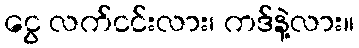
ငွေ လက်ငင်းလား၊ ကဒ်နဲ့လား။